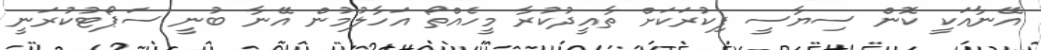
އޭނާއަކީ ކޮން ސިޔާސީ ފިކުރަކަށް ތާއީދުކުރާ މީހެއްތޯ އަހާލުމުން އޭނާ ބުނީ ސަޕޯޓުކުރަނީ